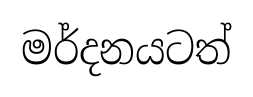
මර්දනයටත්